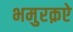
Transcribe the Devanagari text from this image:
भमुरक़ऐ